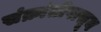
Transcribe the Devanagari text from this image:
संक्रांतीपासून